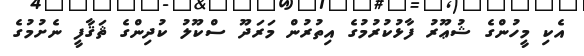
އެކި މީހުންގެ ޝުޢޫރު ފާޅުކުރުމުގެ އިތުރުން މަރަދޫ ސްކޫލު ކުދިންގެ ޘަޤާފީ ނެށުމުގެ